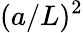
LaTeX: (a/L)^{2}